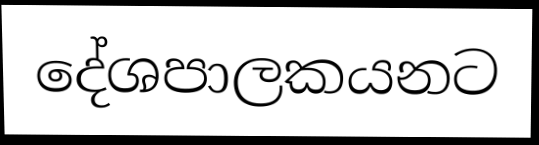
දේශපාලකයනට